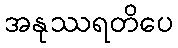
အနုဿရတိပေ